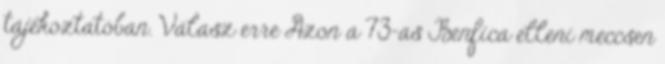
tájékoztatóban. Válasz erre Azon a 73-as Benfica elleni meccsen